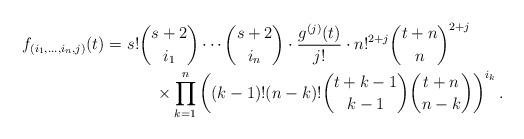
LaTeX: \begin{align*}f_{(i_1,\ldots,i_n,j)}(t) =& ~ s!\binom{s+2}{i_1} \cdots \binom{s+2}{i_n} \cdot \frac{g^{(j)}(t)}{j!} \cdot n!^{2+j} \binom{t+n}{n}^{2+j} \\&\qquad\times \prod_{k=1}^{n} \left((k-1)!(n-k)! \binom{t+k-1}{k-1}\binom{t+n}{n-k}\right)^{i_k}. \end{align*}